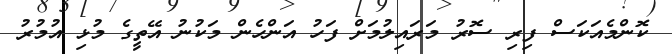
ކޮންމެއަކަސް ފިރި ސޮރު މަރައިލުމަށް ފަހު އަންހެން މަކުނު އޭތީގެ މުޅި އުމުރު